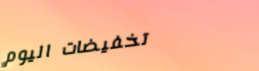
تخفيضات اليوم